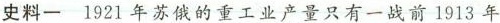
史料一 1921年苏俄的重工业产量只有一战前1913年